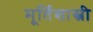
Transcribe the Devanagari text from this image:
मूर्तिशास्त्री